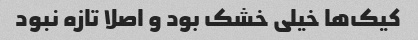
کیک‌ها خیلی خشک بود و اصلا تازه نبود